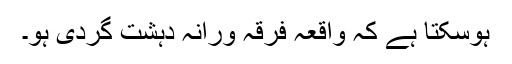
ہوسکتا ہے کہ واقعہ فرقہ ورانہ دہشت گردی ہو۔